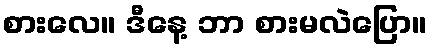
စားလေ။ ဒီနေ့ ဘာ စားမလဲပြော။